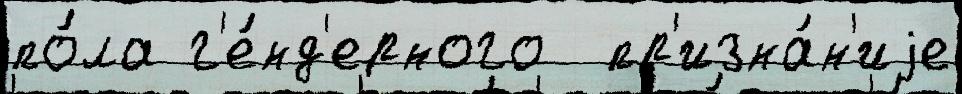
по́ла г'е́нд'ерного  пр'изна́н'иjе